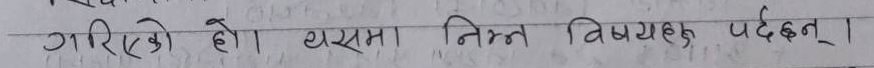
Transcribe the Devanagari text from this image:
गरिएको हो यसमा निम्न विषयहरु पर्दछन्।